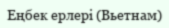
Еңбек ерлері (Вьетнам)